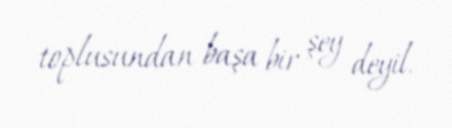
toplusundan başa bir şey deyil.